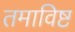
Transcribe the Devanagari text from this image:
तमाविष्ट